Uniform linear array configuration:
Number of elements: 4
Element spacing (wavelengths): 1
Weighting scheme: hamming
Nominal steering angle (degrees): -60
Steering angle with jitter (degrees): -59.018
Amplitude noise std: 0.05
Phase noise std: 0.05

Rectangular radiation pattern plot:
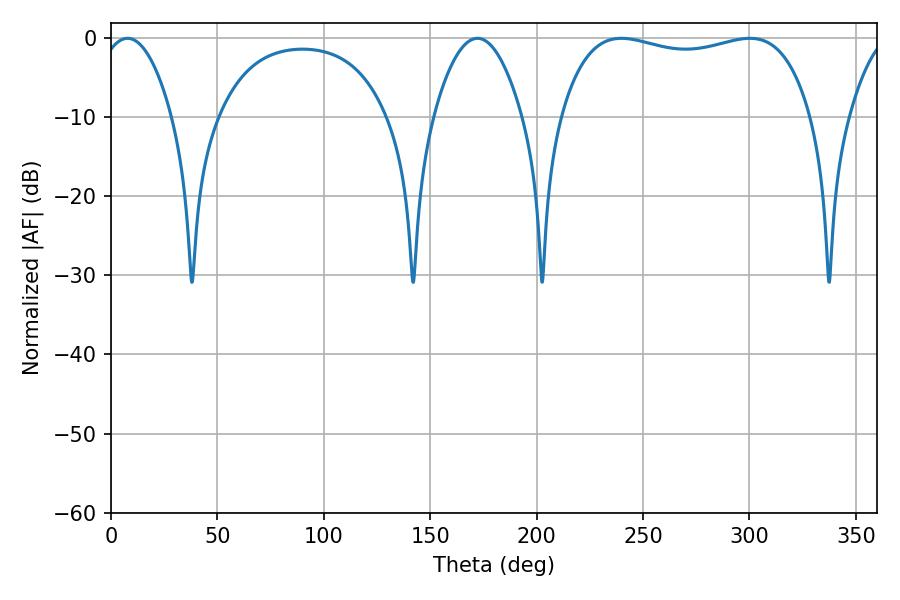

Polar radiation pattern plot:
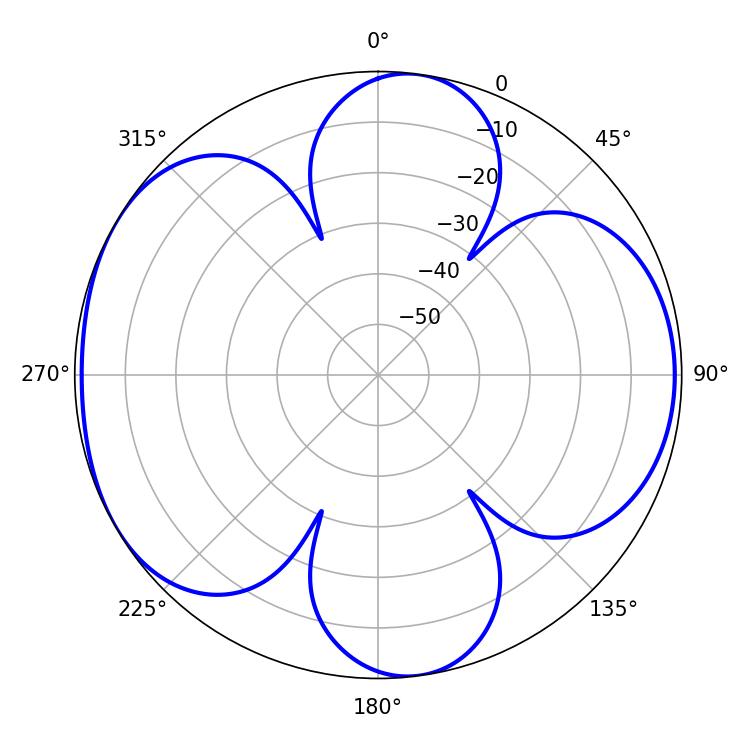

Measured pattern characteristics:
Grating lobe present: TRUE
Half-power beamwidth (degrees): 95.76
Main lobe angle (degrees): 239.76